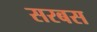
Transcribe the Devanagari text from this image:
सरबस